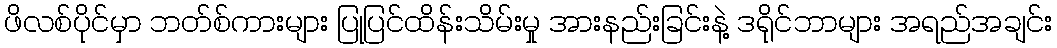
ဖိလစ်ပိုင်မှာ ဘတ်စ်ကားများ ပြုပြင်ထိန်းသိမ်းမှု အားနည်းခြင်းနဲ့ ဒရိုင်ဘာများ အရည်အချင်း